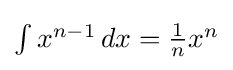
\textstyle {\int x^{n-1}\,dx={\tfrac {1}{n}}x^{n}}